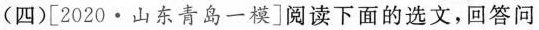
(四)[2020 · 山东青岛一模]阅读下面的选文，回答问